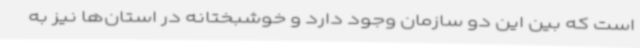
است که بین این دو سازمان وجود دارد و خوشبختانه در استان‌ها نیز به